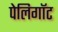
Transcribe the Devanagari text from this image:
पेलिगॉट